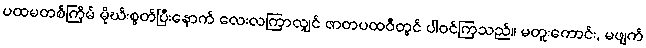
ပထမတစ်ကြိမ် မိုဃ်းစွတ်ပြီးနောက် လေးလကြာလျှင် ဇာတပထဝီတွင် ပါဝင်ကြသည်။ မတူးကောင်း, မဖျက်